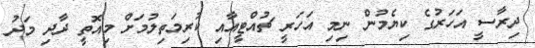
ދިރާސީ އަހަރުގެ ކިޔެމުން ނިމި އަހަރީ ޗުއްޓީއާއި ކުރިމަތިލުމަށް މިއޮތީ ދާދި މަދު